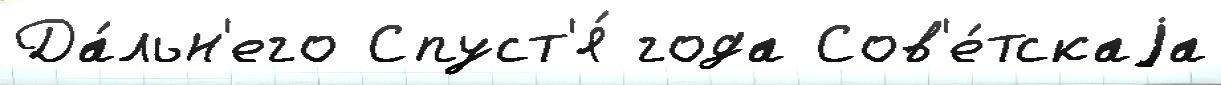
Да́льн'его Спуст'я́ года Сов'е́тскаjа